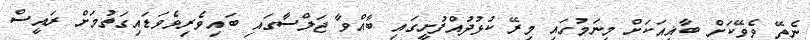
ނެތޭ ވެވޭކަށް ބާޣީއަކަށް މިނަމުގައި މިރޭ ކުޅުދުއްފުށީގައި ބާއްވާ ޖަލްސާގައި ބައިވެރިވެވަޑައިގަތުމަށް ރައީސް